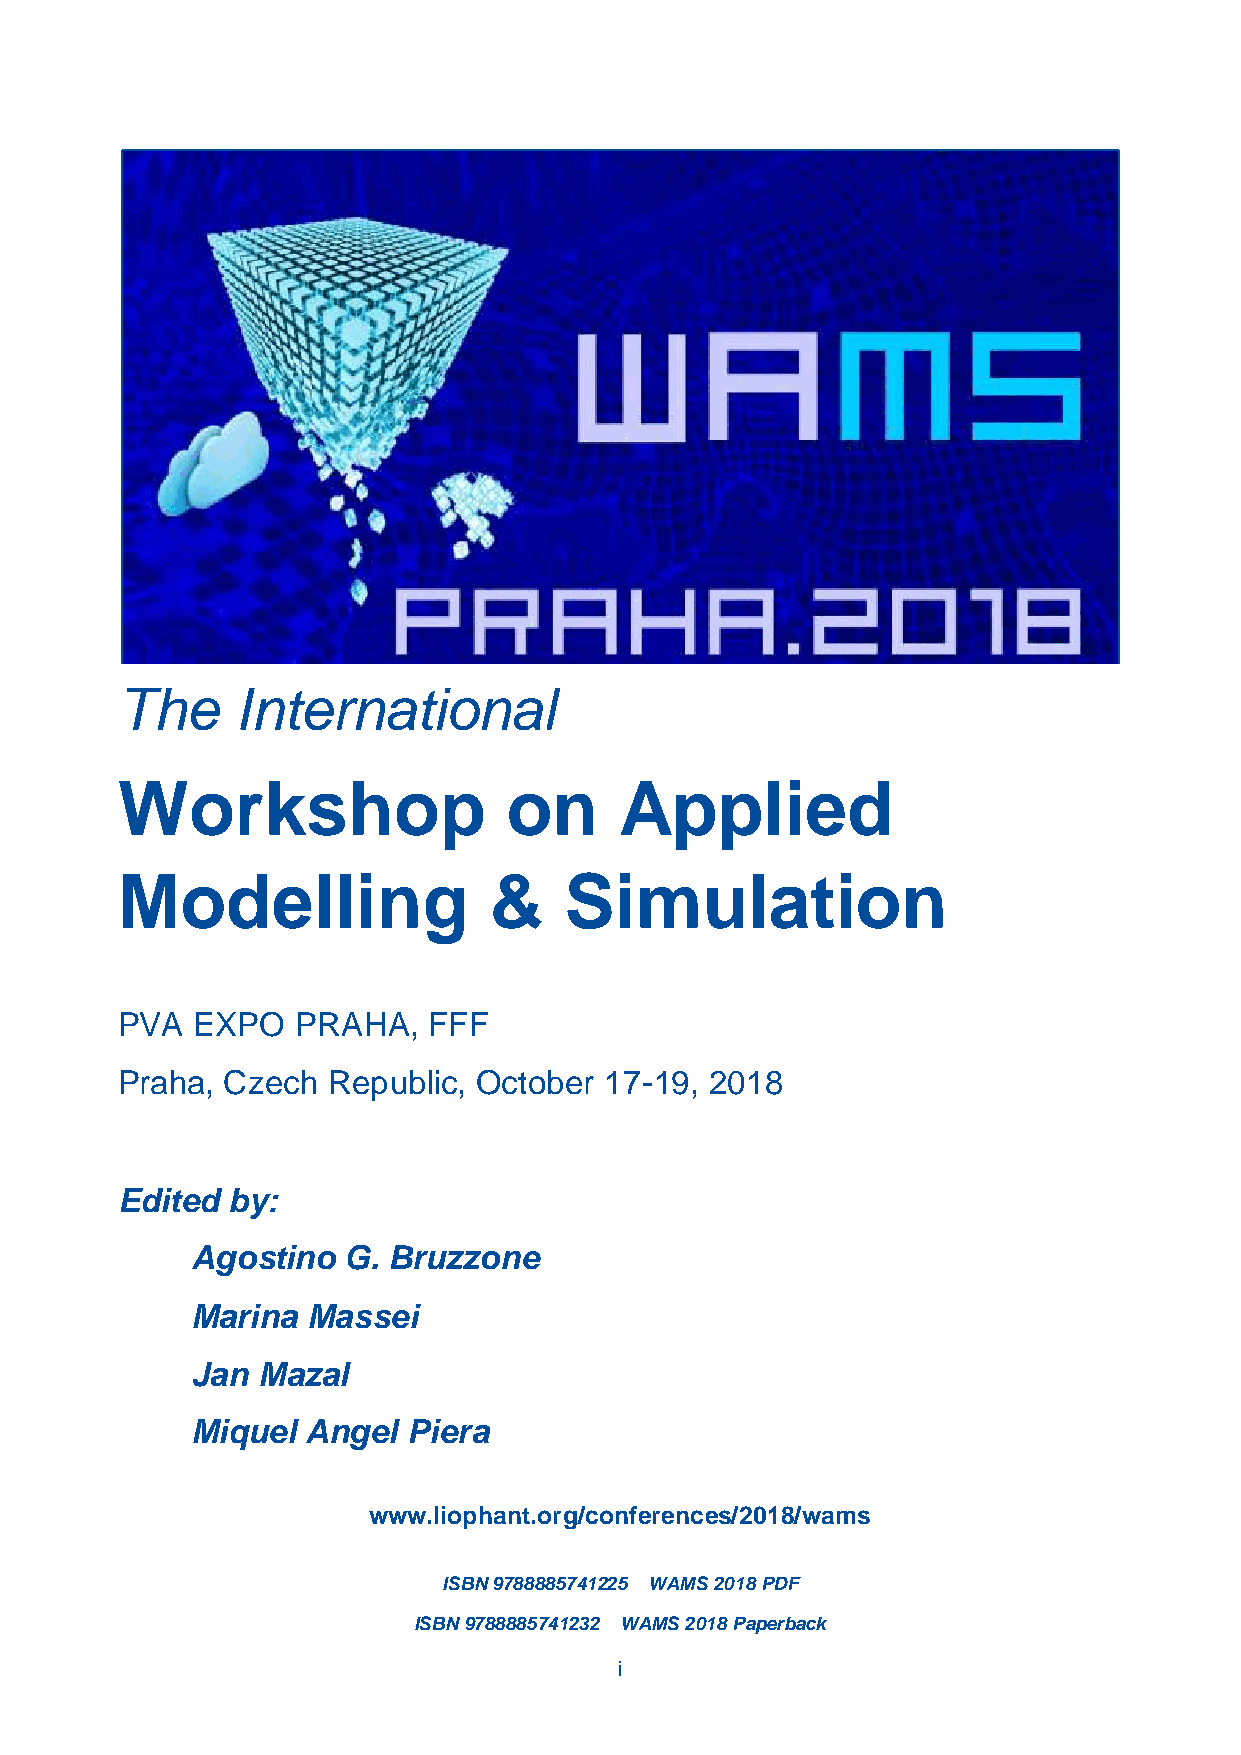
The     International
 Workshop                  on     Applied
 Modelling               &    Simulation
 PVA  EXPO   PRAHA,  FFF
 Praha, Czech  Republic, October 17-19, 2018
 Edited by:
 Agostino  G. Bruzzone
 Marina Massei
 Jan Mazal
 Miquel Angel  Piera
 www.liophant.org/conferences/2018/wams
 ISBN 9788885741225 WAMS 2018 PDF
 ISBN 9788885741232 WAMS 2018 Paperback
 i